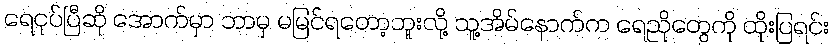
ရေငုပ်ပြီဆို အောက်မှာ ဘာမှ မမြင်ရတော့ဘူးလို့ သူ့အိမ်နောက်က ရေညိုတွေကို ထိုးပြရင်း